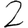
Digit: 2